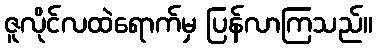
ဇူလိုင်လထဲရောက်မှ ပြန်လာကြသည်။